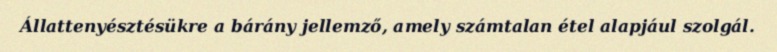
Állattenyésztésükre a bárány jellemző, amely számtalan étel alapjául szolgál.